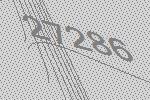
27286